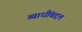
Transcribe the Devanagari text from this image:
व्याधींबद्दल